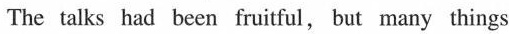
The talks had been fruitful,but many things